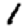
Digit: 1